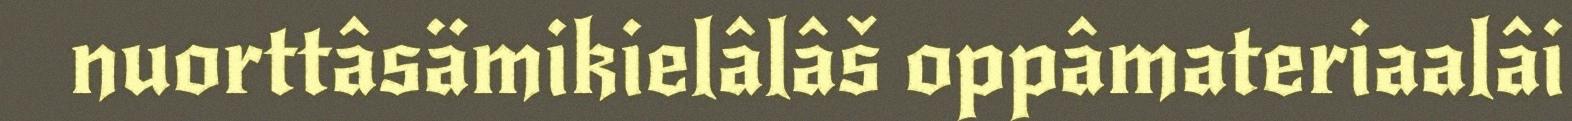
nuorttâsämikielâlâš oppâmateriaalâi